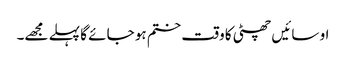
او سائیں چھٹی کا وقت ختم ہو جائے گا پہلے مجھے۔